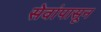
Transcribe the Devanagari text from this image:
सेवांपासून